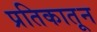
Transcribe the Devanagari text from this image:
प्रतिकातून